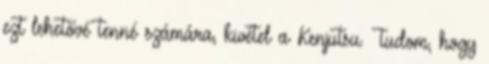
ezt lehetővé tenné számára, kivétel a Kenjutsu. Tudom, hogy